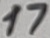
Text: 17